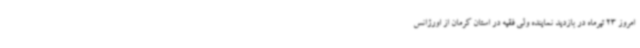
امروز 23 تیرماه در بازدید نماینده ولی فقیه در استان کرمان از اورژانس